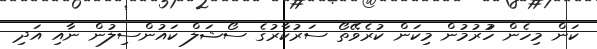
ކަން މިހެން ހުުރުމުން މިކަން ކުރެވޭތޯ ސަރުކާރުގެ ސޯޝަލް ކައުންސިލުން ނާއި އަދި